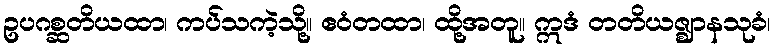
ဥပဂစ္ဆတိယထာ၊ ကပ်သကဲ့သို့။ ဧဝံတထာ၊ ထို့အတူ။ ဣဒံ တတိယဇ္ဈာနသုခံ၊